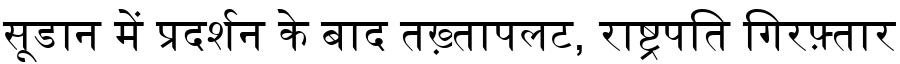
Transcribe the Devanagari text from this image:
सूडान में प्रदर्शन के बाद तख़्तापलट, राष्ट्रपति गिरफ़्तार